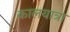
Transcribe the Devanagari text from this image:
कालयात्रा